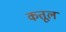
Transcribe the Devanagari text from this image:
कतूल